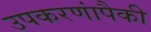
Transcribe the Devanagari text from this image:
उपकरणांपैकी